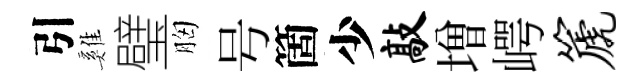
引雞璧胸号箇少敲増崿篪